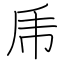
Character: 乕